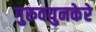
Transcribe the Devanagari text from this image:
गुरुवयुनकेरे